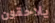
يلاحقون